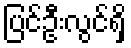
ပြင်ဦးလွင်ရှိ